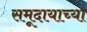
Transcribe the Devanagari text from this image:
समूदायाच्या